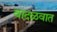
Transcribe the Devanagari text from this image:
वादळवात